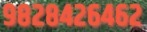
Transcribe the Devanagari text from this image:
९८२८४२६४६२